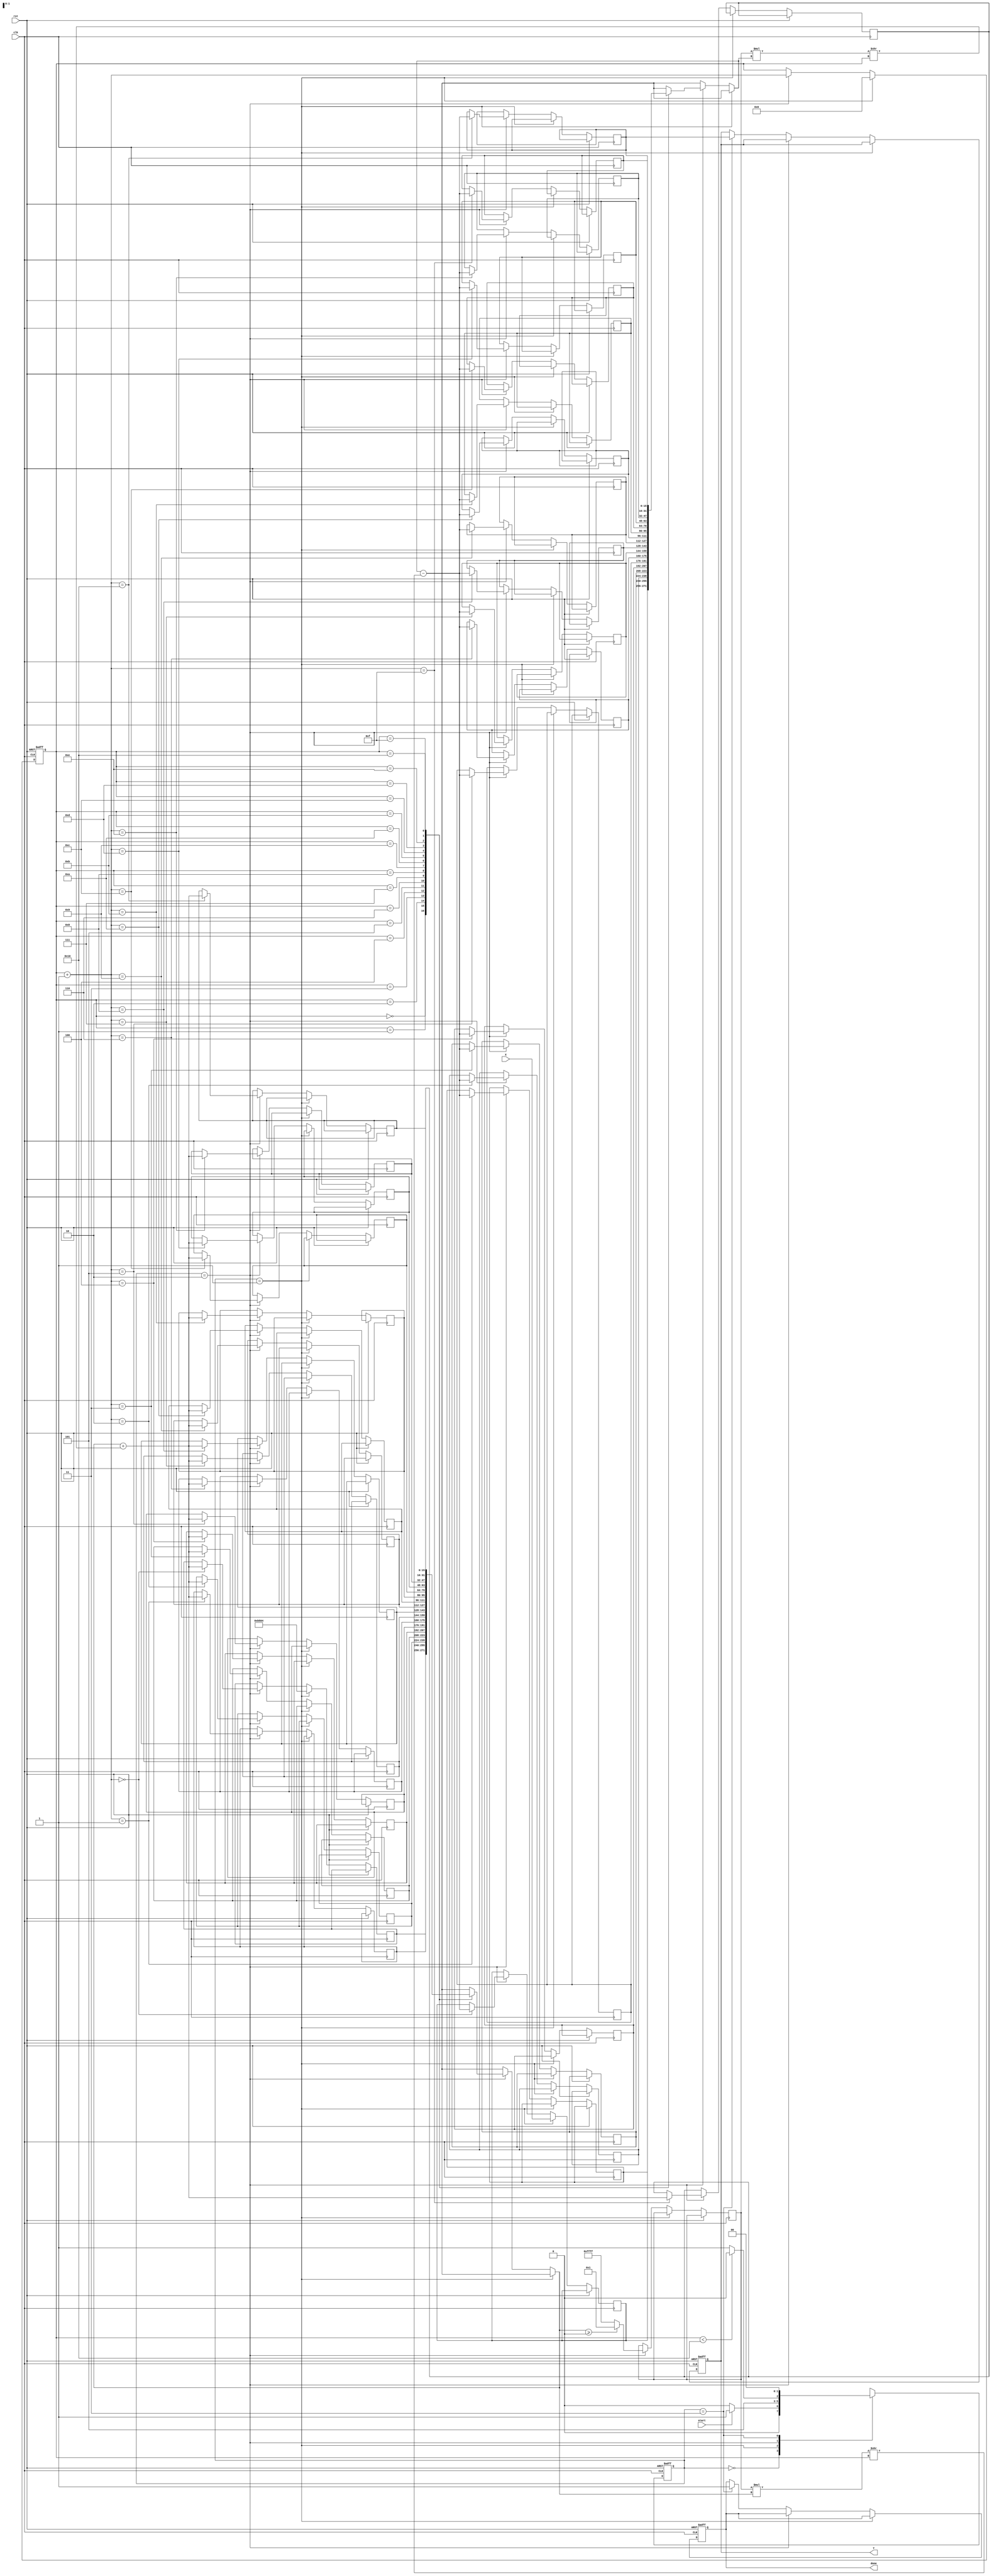
module cordic_sqrt #(
    parameter WIDTH = 16,          // Width of the input and output
    parameter ITERATIONS = 16      // Number of CORDIC iterations
)(
    input wire clk,                // Clock signal
    input wire rst,                // Reset signal
    input wire [WIDTH-1:0] X,      // Input value (fixed-point)
    input wire start,              // Start signal for computation
    output reg [WIDTH-1:0] Y,      // Output value (square root)
    output reg done                // Done signal
);

    // Internal registers
    reg [WIDTH-1:0] x[0:ITERATIONS]; // x values for CORDIC
    reg [WIDTH-1:0] y[0:ITERATIONS]; // y values for CORDIC
    reg [4:0] iteration;              // Iteration counter
    reg [WIDTH-1:0] angle;            // Angle for rotation
    reg [WIDTH-1:0] d;                // Direction of rotation
    reg [WIDTH-1:0] scaling_factor;   // Scaling factor for CORDIC

    // CORDIC scaling factor for square root
    localparam SCALING_FACTOR = 16'hB504; // Approximation of 1/sqrt(2)

    // State machine states
    localparam IDLE = 2'b00;
    localparam INIT = 2'b01;
    localparam ITERATE = 2'b10;
    localparam DONE = 2'b11;

    reg [1:0] state, next_state;

    // Initialize the CORDIC values
    always @(posedge clk or posedge rst) begin
        if (rst) begin
            state <= IDLE;
            iteration <= 0;
            done <= 0;
            Y <= 0;
        end else begin
            state <= next_state;
            if (state == INIT) begin
                x[0] <= X; // Initialize x with input X
                y[0] <= SCALING_FACTOR; // Initial guess for y
                iteration <= 0;
            end else if (state == ITERATE) begin
                // Perform CORDIC iteration
                if (y[iteration] >= 0) begin
                    d <= 1; // Rotate positively
                end else begin
                    d <= -1; // Rotate negatively
                end

                // Update x and y values
                x[iteration + 1] <= x[iteration] - (d * y[iteration] >> iteration);
                y[iteration + 1] <= y[iteration] + (d * x[iteration] >> iteration);

                // Increment iteration counter
                iteration <= iteration + 1;
            end else if (state == DONE) begin
                Y <= x[ITERATIONS]; // Final output
                done <= 1; // Signal completion
            end
        end
    end

    // Next state logic
    always @(*) begin
        case (state)
            IDLE: begin
                if (start) begin
                    next_state = INIT;
                end else begin
                    next_state = IDLE;
                end
            end
            INIT: begin
                next_state = ITERATE;
            end
            ITERATE: begin
                if (iteration < ITERATIONS) begin
                    next_state = ITERATE;
                end else begin
                    next_state = DONE;
                end
            end
            DONE: begin
                next_state = IDLE; // Go back to IDLE after done
            end
            default: next_state = IDLE;
        endcase
    end

endmodule